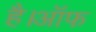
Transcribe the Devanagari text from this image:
है।ऑफ